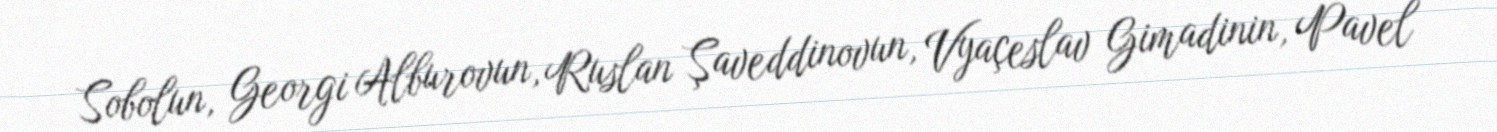
Sobolun, Georgi Alburovun, Ruslan Şaveddinovun, Vyaçeslav Gimadinin, Pavel